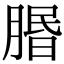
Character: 𦝮